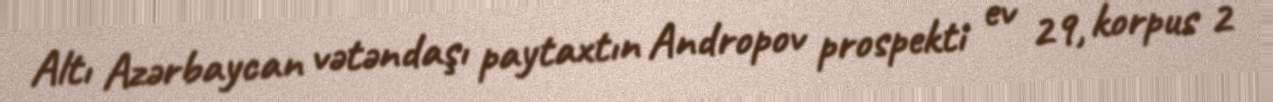
Altı Azərbaycan vətəndaşı paytaxtın Andropov prospekti ev 29, korpus 2